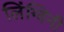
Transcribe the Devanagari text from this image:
लिंग्विनी